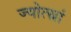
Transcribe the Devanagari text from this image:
ज्योत्स्नां